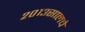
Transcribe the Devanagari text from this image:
२०१३सालचेे